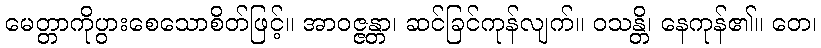
မေတ္တာကိုပွားစေသောစိတ်ဖြင့်။ အာဝဇ္ဇန္တာ၊ ဆင်ခြင်ကုန်လျက်။ ဝသန္တိ၊ နေကုန်၏။ တေ၊